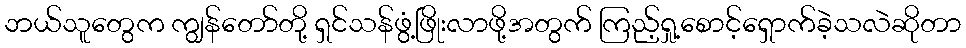
ဘယ်သူတွေက ကျွန်တော်တို့ ရှင်သန်ဖွံ့ဖြိုးလာဖို့အတွက် ကြည့်ရှု့စောင့်ရှောက်ခဲ့သလဲဆိုတာ